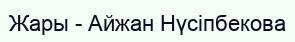
Жары - Айжан Нүсіпбекова